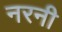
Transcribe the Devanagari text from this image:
नरनी